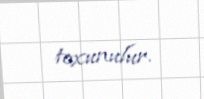
toxunulur.